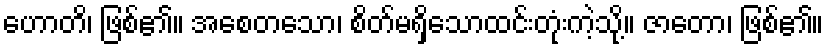
ဟောတိ၊ ဖြစ်၏။ အစေတသော၊ စိတ်မရှိသောထင်းတုံးကဲ့သို့။ ဇာတော၊ ဖြစ်၏။